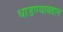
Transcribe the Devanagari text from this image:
धाडण्याबद्दल